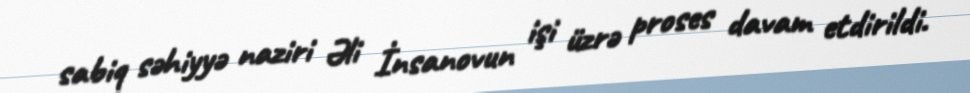
sabiq səhiyyə naziri Əli İnsanovun işi üzrə proses davam etdirildi.